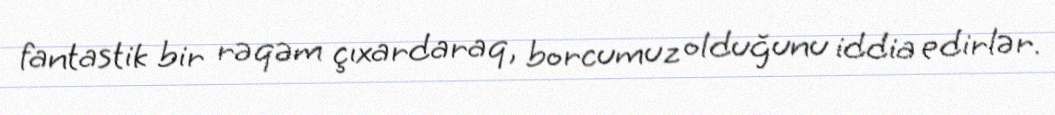
fantastik bir rəqəm çıxardaraq, borcumuz olduğunu iddia edirlər.